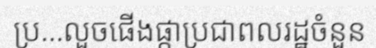
ប្រ...លួចផើងផ្កាប្រជាពលរដ្ឋចំនួន